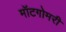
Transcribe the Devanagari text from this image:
मॉटगोमरी